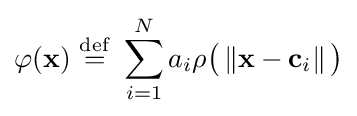
\varphi (\mathbf {x} )\ {\stackrel {\mathrm {def} }{=}}\ \sum _{i=1}^{N}a_{i}\rho {\big (}\left\Vert \mathbf {x} -\mathbf {c} _{i}\right\Vert {\big )}